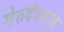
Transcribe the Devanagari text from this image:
मेरुदंडनाल